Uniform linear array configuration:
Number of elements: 4
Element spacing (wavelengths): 1
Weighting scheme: hamming
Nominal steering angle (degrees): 15
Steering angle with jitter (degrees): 15.198
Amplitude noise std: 0.05
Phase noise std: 0.05

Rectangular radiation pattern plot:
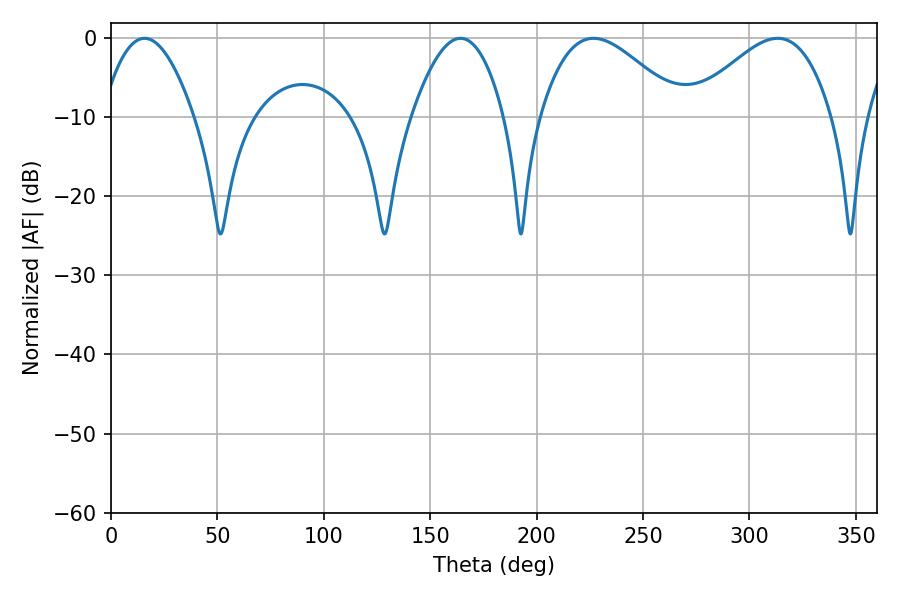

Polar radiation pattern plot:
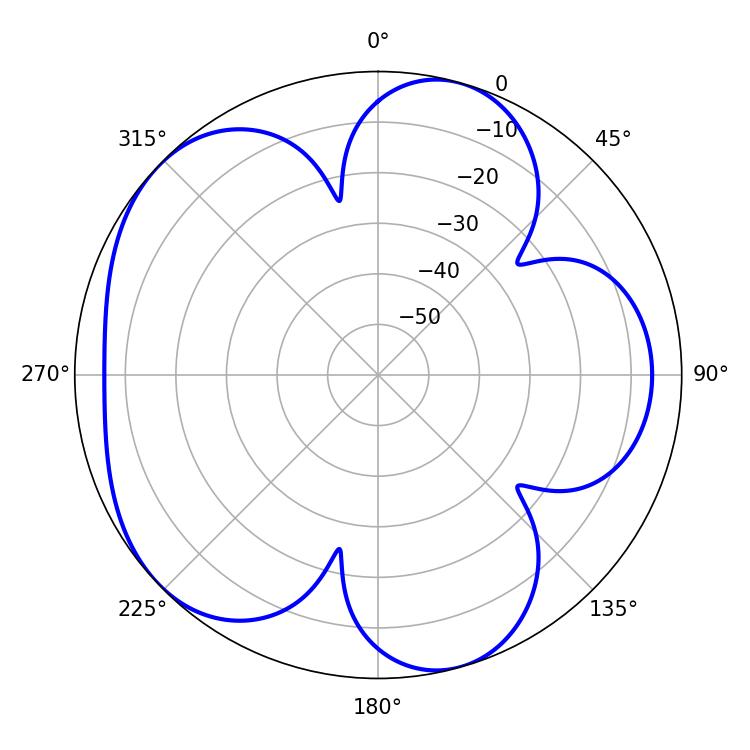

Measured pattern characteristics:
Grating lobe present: TRUE
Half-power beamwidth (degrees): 35.64
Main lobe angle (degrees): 226.8